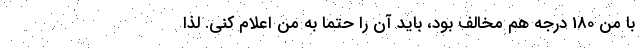
با من 180 درجه هم مخالف بود، باید آن را حتما به من اعلام کنی. لذا